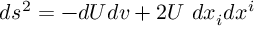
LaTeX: d s ^ { 2 } = - d U d v + 2 U \ d x _ { i } d x ^ { i }